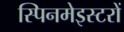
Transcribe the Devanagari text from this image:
स्पिनमेइस्टरों